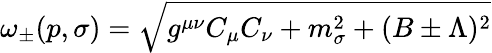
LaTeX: \omega_{\pm}(p,\sigma)=\sqrt{g^{\mu\nu}C_{\mu}C_{\nu}+m_{\sigma}^{2}+(B\pm\Lambda)^{2}}